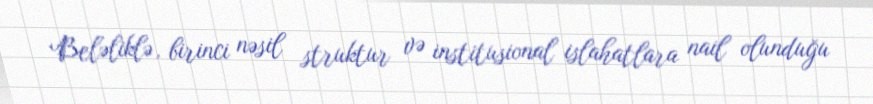
Beləliklə, birinci nəsil struktur və institusional islahatlara nail olunduğu